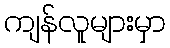
ကျန်လူများမှာ